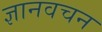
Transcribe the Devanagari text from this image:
ज्ञानवचन